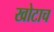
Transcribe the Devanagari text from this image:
खोटाच